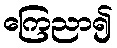
ကြေညာ၍